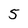
Character: 5